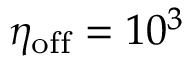
\eta _ { \mathrm { o f f } } = 1 0 ^ { 3 }